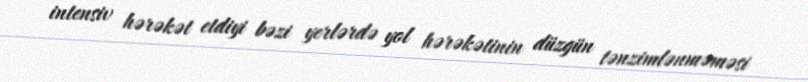
intensiv hərəkət etdiyi bəzi yerlərdə yol hərəkətinin düzgün tənzimlənməməsi